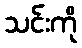
သင်းကို